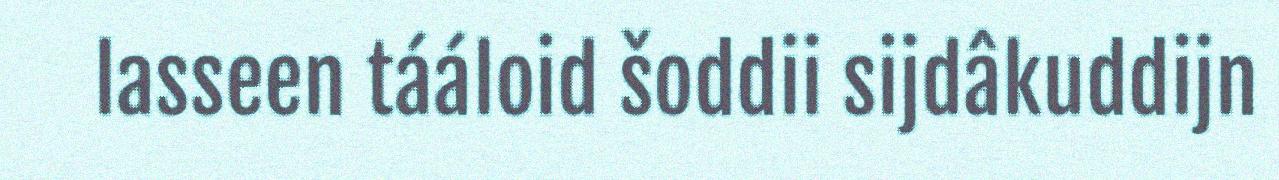
lasseen tááloid šoddii sijdâkuddijn